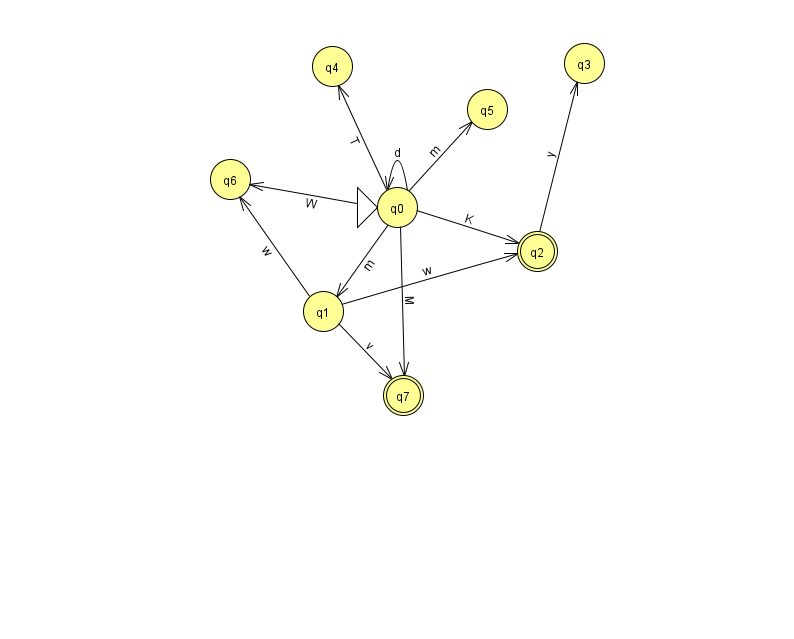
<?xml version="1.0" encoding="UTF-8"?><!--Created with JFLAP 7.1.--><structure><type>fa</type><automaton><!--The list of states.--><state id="0" name="q0"><x>397.0</x><y>194.0</y><initial/></state><state id="1" name="q1"><x>323.0</x><y>298.0</y></state><state id="2" name="q2"><x>537.0</x><y>238.0</y><final/></state><state id="3" name="q3"><x>584.0</x><y>50.0</y></state><state id="4" name="q4"><x>332.0</x><y>53.0</y></state><state id="5" name="q5"><x>487.0</x><y>96.0</y></state><state id="6" name="q6"><x>230.0</x><y>166.0</y></state><state id="7" name="q7"><x>403.0</x><y>382.0</y><final/></state><!--The list of transitions.--><transition><from>0</from><to>7</to><read>M</read></transition><transition><from>0</from><to>4</to><read>T</read></transition><transition><from>0</from><to>0</to><read>d</read></transition><transition><from>1</from><to>2</to><read>w</read></transition><transition><from>2</from><to>3</to><read>y</read></transition><transition><from>0</from><to>1</to><read>m</read></transition><transition><from>0</from><to>6</to><read>W</read></transition><transition><from>0</from><to>5</to><read>m</read></transition><transition><from>1</from><to>6</to><read>w</read></transition><transition><from>1</from><to>7</to><read>v</read></transition><transition><from>0</from><to>2</to><read>K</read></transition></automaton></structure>